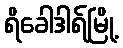
ရိခေါဒါရ်မြို့